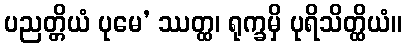
ပညတ္တိယံ ပုမေ’ ဿတ္ထ၊ ရုက္ခမှိ ပုရိသိတ္ထိယံ။